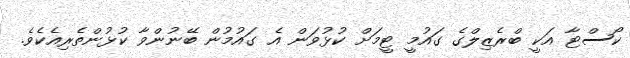
ކޯސްޓާ އަކީ ބްރެޒިލްގެ ގައުމީ ޓީމަށް ކުޅުވަން އެ ގައުމުން ބޭނުންވާ ކުޅުންތެރިއެކެވެ.